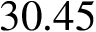
3 0 . 4 5